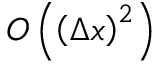
O \left( \left( \Delta x \right) ^ { 2 } \right)